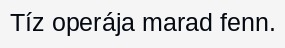
Tíz operája marad fenn.